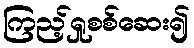
ကြည့်ရှုစစ်ဆေး၍